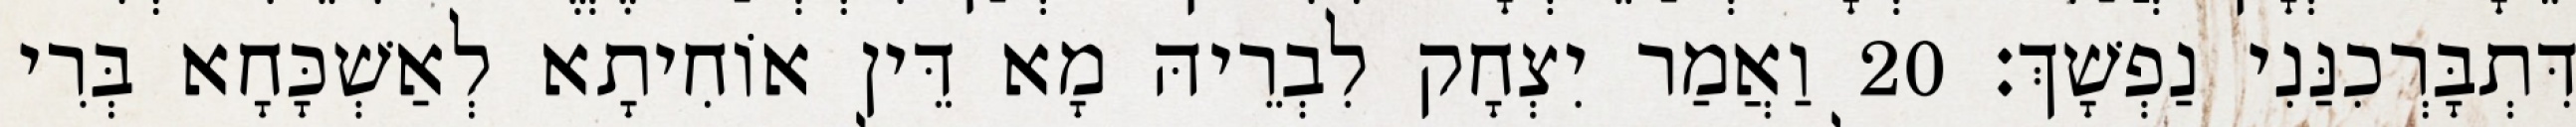
דִּתְבָּרְכִנַּנִי נַפְשָׁךְ׃ 20 וַאֲמַר יִצְחָק לִבְרֵיהּ מָא דֵּין אוֹחִיתָא לְאַשְׁכָּחָא בְּרִי